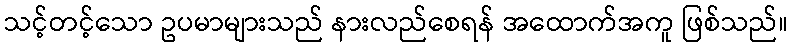
သင့်တင့်သော ဥပမာများသည် နားလည်စေရန် အထောက်အကူ ဖြစ်သည်။